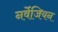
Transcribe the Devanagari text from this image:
नर्वेजियन